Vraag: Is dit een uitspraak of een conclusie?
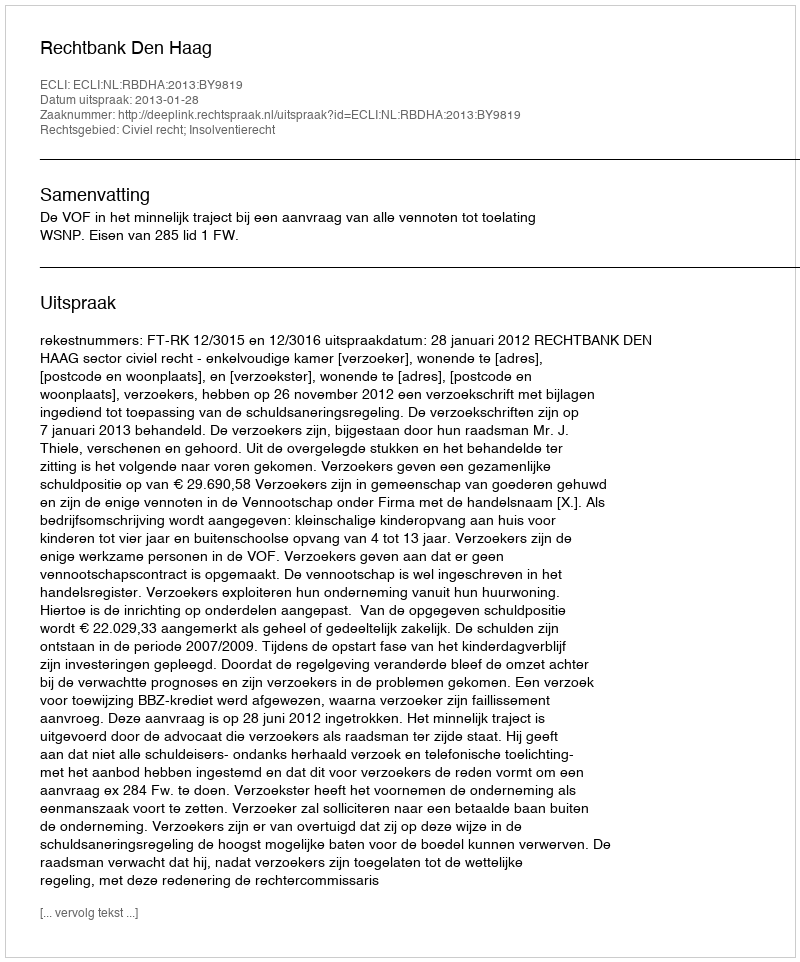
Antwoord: Uitspraak